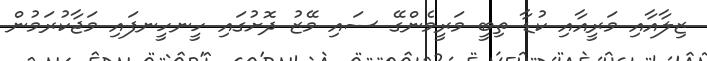
ޒިލާއާއި މަރީއާއި ކުޑާ ތިބީ މަރީމެންގޭ ސައި މޭޒު ދޮށުގައި ހީނހީނފައި މަޖާކުރަމުން